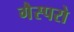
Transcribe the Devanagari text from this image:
गैस्परो